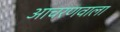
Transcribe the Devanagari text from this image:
आचरणवाला